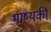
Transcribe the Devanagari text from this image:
भाष्यकी